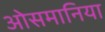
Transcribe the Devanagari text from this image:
ओसमानिया